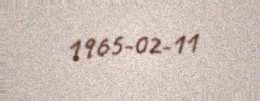
1965-02-11